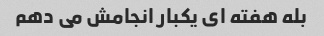
بله هفته ای یکبار انجامش می دهم